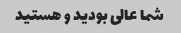
شما عالی بودید و هستید